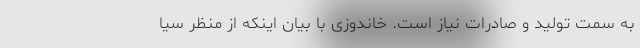
به سمت تولید و صادرات نیاز است. خاندوزی با بیان اینکه از منظر سیا